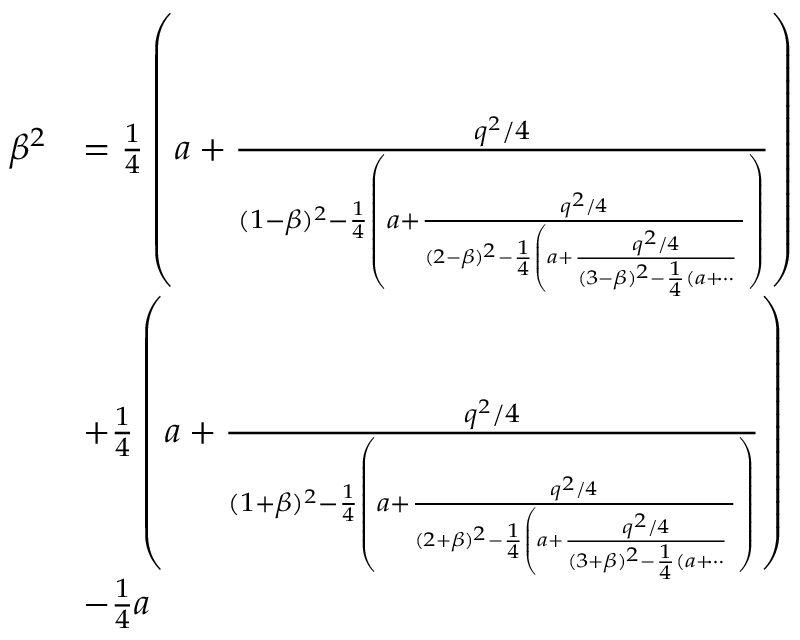
\begin{array} { r l } { \beta ^ { 2 } } & { = \frac { 1 } { 4 } \left( a + \frac { q ^ { 2 } / 4 } { ( 1 - \beta ) ^ { 2 } - \frac { 1 } { 4 } \left( a + \frac { q ^ { 2 } / 4 } { ( 2 - \beta ) ^ { 2 } - \frac { 1 } { 4 } \left( a + \frac { q ^ { 2 } / 4 } { ( 3 - \beta ) ^ { 2 } - \frac { 1 } { 4 } ( a + \dotsi } \right. } \right) } \right) } \\ & { + \frac { 1 } { 4 } \left( a + \frac { q ^ { 2 } / 4 } { ( 1 + \beta ) ^ { 2 } - \frac { 1 } { 4 } \left( a + \frac { q ^ { 2 } / 4 } { ( 2 + \beta ) ^ { 2 } - \frac { 1 } { 4 } \left( a + \frac { q ^ { 2 } / 4 } { ( 3 + \beta ) ^ { 2 } - \frac { 1 } { 4 } ( a + \dotsi } \right. } \right) } \right) } \\ & { - \frac { 1 } { 4 } a } \end{array}